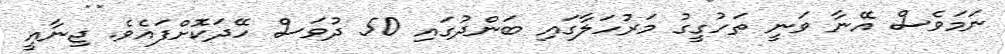
ނަމަވެސް އޭނާ ވަނީ ތަހުގީގު މަރުހަލާގައި ބަންދުގައި 50 ދުވަސް ހޭދަކޮށްފައެވެ. ޖިނާއީ